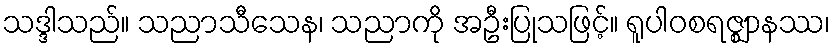
သဒ္ဒါသည်။ သညာသီသေန၊ သညာကို အဦးပြုသဖြင့်။ ရူပါဝစရဇ္ဈာနဿ၊